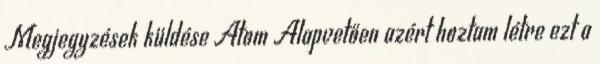
Megjegyzések küldése Atom Alapvetően azért hoztam létre ezt a